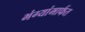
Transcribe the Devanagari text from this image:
भंग्यांमार्फत